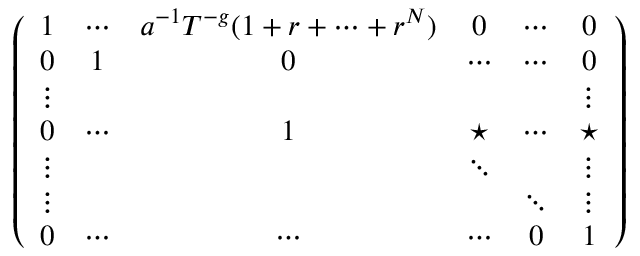
\left( \begin{array} { c c c c c c } { 1 } & { \cdots } & { a ^ { - 1 } T ^ { - g } ( 1 + r + \cdots + r ^ { N } ) } & { 0 } & { \cdots } & { 0 } \\ { 0 } & { 1 } & { 0 } & { \cdots } & { \cdots } & { 0 } \\ { \vdots } & & & & & { \vdots } \\ { 0 } & { \cdots } & { 1 } & { \star } & { \cdots } & { \star } \\ { \vdots } & & & { \ddots } & & { \vdots } \\ { \vdots } & & & & { \ddots } & { \vdots } \\ { 0 } & { \cdots } & { \cdots } & { \cdots } & { 0 } & { 1 } \end{array} \right)